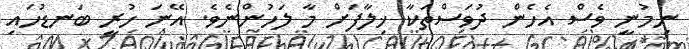
ނިމުނީ ވެސް އެހެން ދުވަސްތަކާ ޚިލާފަށް މާ ލަހުންނެވެ. އޭނަ ހުރީ ބަނޑުހައި